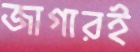
জাগারই